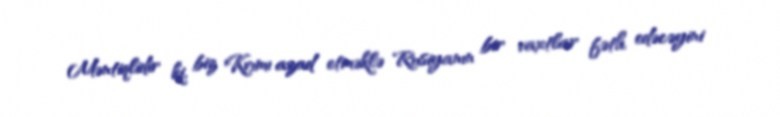
Məntiqlidir ki, biz Krımı azad etməklə Rusiyanın bir vaxtlar fəth edəcəyini